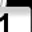
Digit: 1